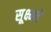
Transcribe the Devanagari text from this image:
सूक्ष्मते